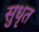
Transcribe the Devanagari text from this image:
सुधृत